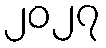
၂၀၂၇